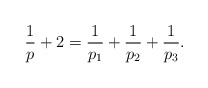
\begin{align*}\frac 1p + 2 = \frac{1}{p_1}+ \frac{1}{p_2}+ \frac{1}{p_3}.\end{align*}